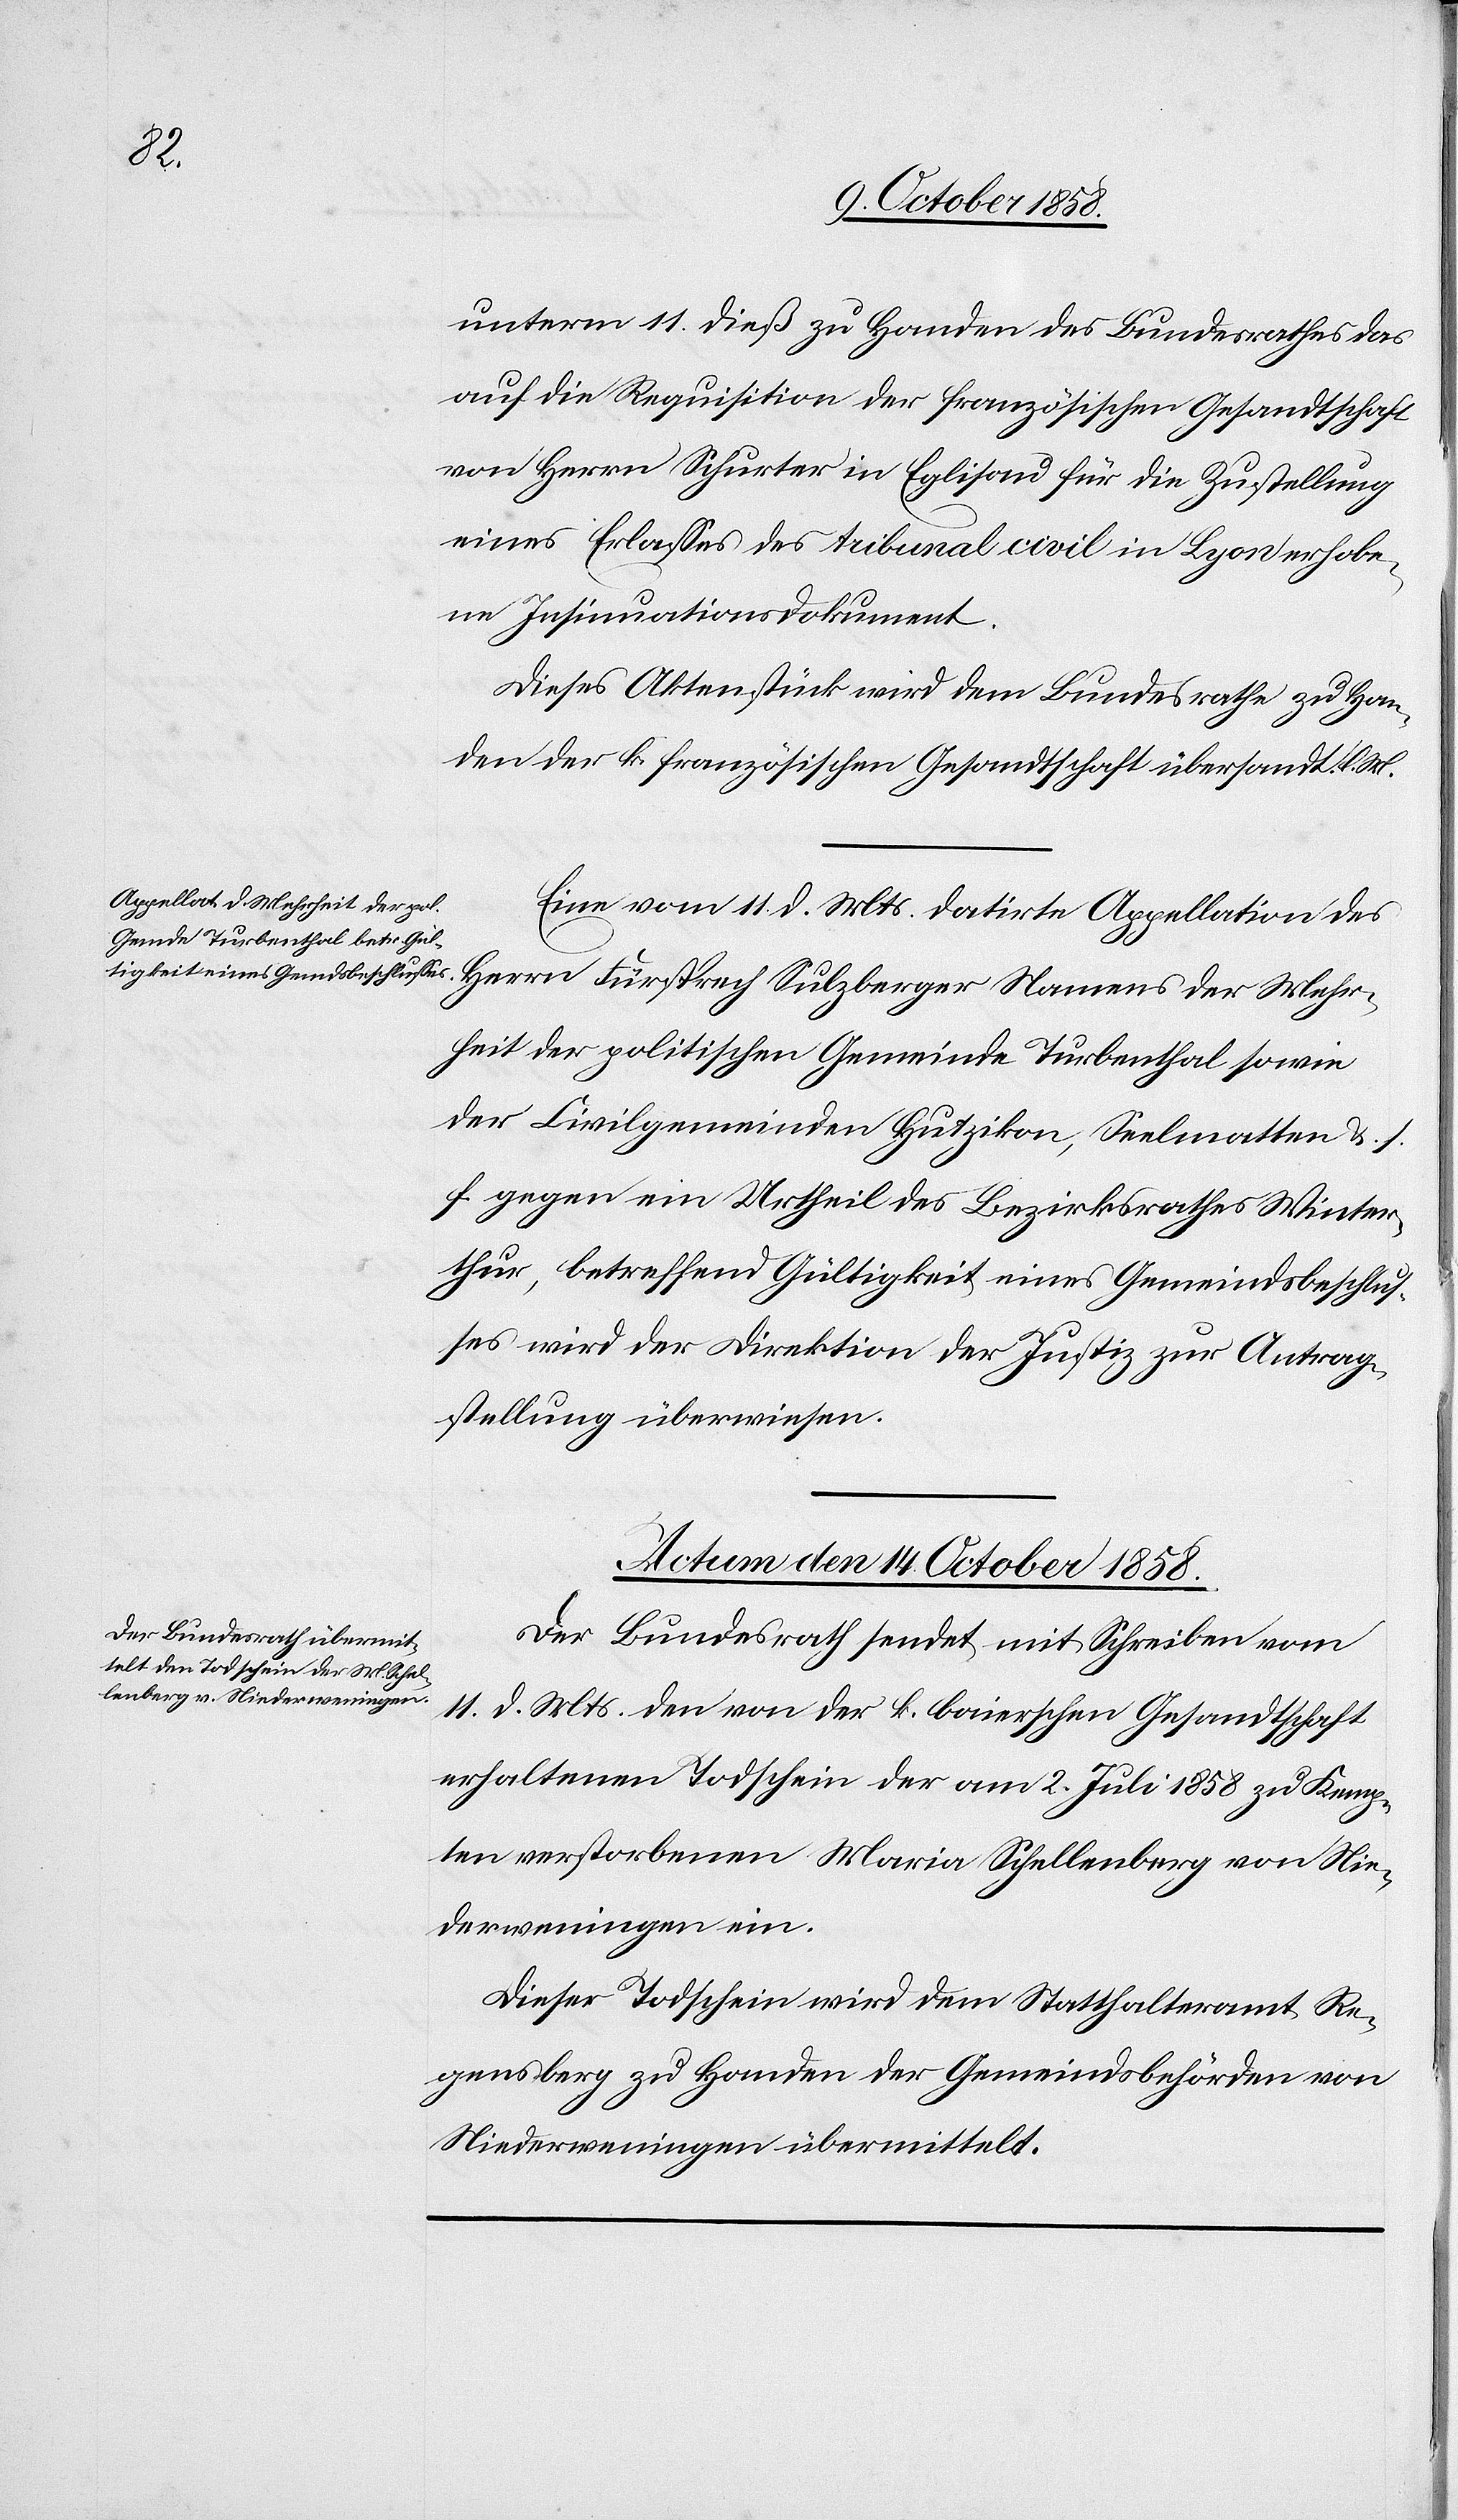
Mehr¬
unterm 11. dieß zu Handen des Bundesrathes das
auf die Requisition der französischen Gesandtschaft
von Herrn Schurter in Eglisau für die Zustellung
eines Erlasses des tribunal civil in Lyon erhobe¬
ne Insinuationsdokument.
Dieses Aktenstück wird dem Bundesrathe zu Han¬
den der k. französischen Gesandtschaft übersandt. l. M.
Eine vom 11. d. Mts. datirte Appellation des
heit der politischen Gemeinde Turbenthal sowie
der Civilgemeinden Hutzikon, Seelmatten &. s.
f. gegen ein Urtheil des Bezirksrathes Winter¬
thur, betreffend Gültigkeit eines Gemeindsbeschlus¬
ses wird der Direktion der Justiz zur Antrag¬
stellung überwiesen.
Actum den 14. October 1858.
Der Bundesrath sendet mit Schreiben vom
11. d. Mts. den von der k. baierschen Gesandtschaft
erhaltenen Todschein der am 2. Juli 1858 zu Kemp¬
ten verstorbenen Maria Schellenberg von Nie¬
derweningen ein.
Dieser Todschein wird dem Statthalteramt Re¬
gensberg zu Handen der Gemeindsbehörden von
Niederweningen übermittelt.